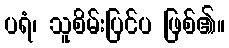
ပရံ၊ သူစိမ်းပြင်ပ ဖြစ်၏။